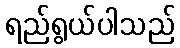
ရည်ရွယ်ပါသည်